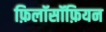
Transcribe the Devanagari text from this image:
फ़िलॉसॉफ़ियन